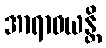
အာရာဓယန္တိ